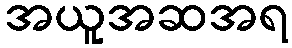
အယူအဆအရ